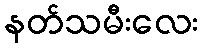
နတ်သမီးလေး